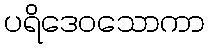
ပရိဒေဝသောကာ